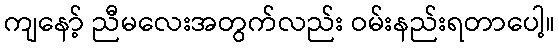
ကျနော့် ညီမလေးအတွက်လည်း ဝမ်းနည်းရတာပေါ့။